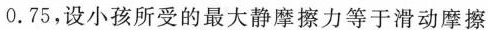
0.75，设小孩所受的最大静摩擦力等于滑动摩擦